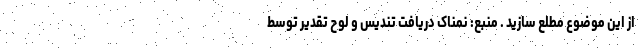
از این موضوع مطلع سازید . منبع: نمناک دریافت تندیس و لوح تقدیر توسط